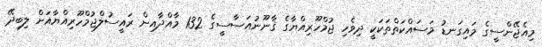
މިއެޖޭންސީގެ މައިގަނޑު މަސައްކަތްތަކަކީ ދިވެހި ޖުމްހޫރިއްޔާގެ ޤާނޫނުއަސާސީގެ 132 މާއްދާއިން ރައީސުލްޖުމްހޫރިއްޔާއަށް ލިބިދޭ